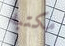
مكتبه